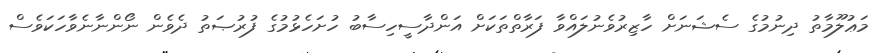
މަޢުލޫމާތު ދިނުމުގެ ސެޝަނަށް ހާޒިރުވެނުލައްވާ ފަރާތްތަކަށް އަންދާސީހިސާބު ހުށަހެޅުމުގެ ފުރުޞަތު ދެވެން ނޯންނާނެވާހަކަވެސް